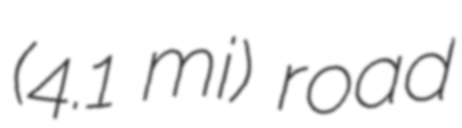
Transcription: (4.1 mi) road